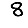
Digit: 8